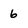
Character: 6